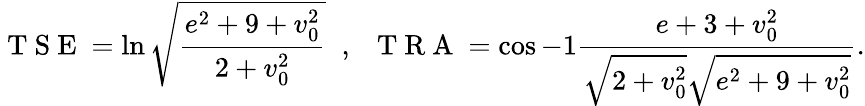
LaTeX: \mathrm{~T~S~E~}=\ln\sqrt{\frac{e^{2}+9+v_{0}^{2}}{2+v_{0}^{2}}}\; \; ,\; \; \mathrm{~T~R~A~}=\cos{-1}\frac{e+3+v_{0}^{2}}{\sqrt{2+v_{0}^{2}}\sqrt{e^{2}+9+v_{0}^{2}}}.